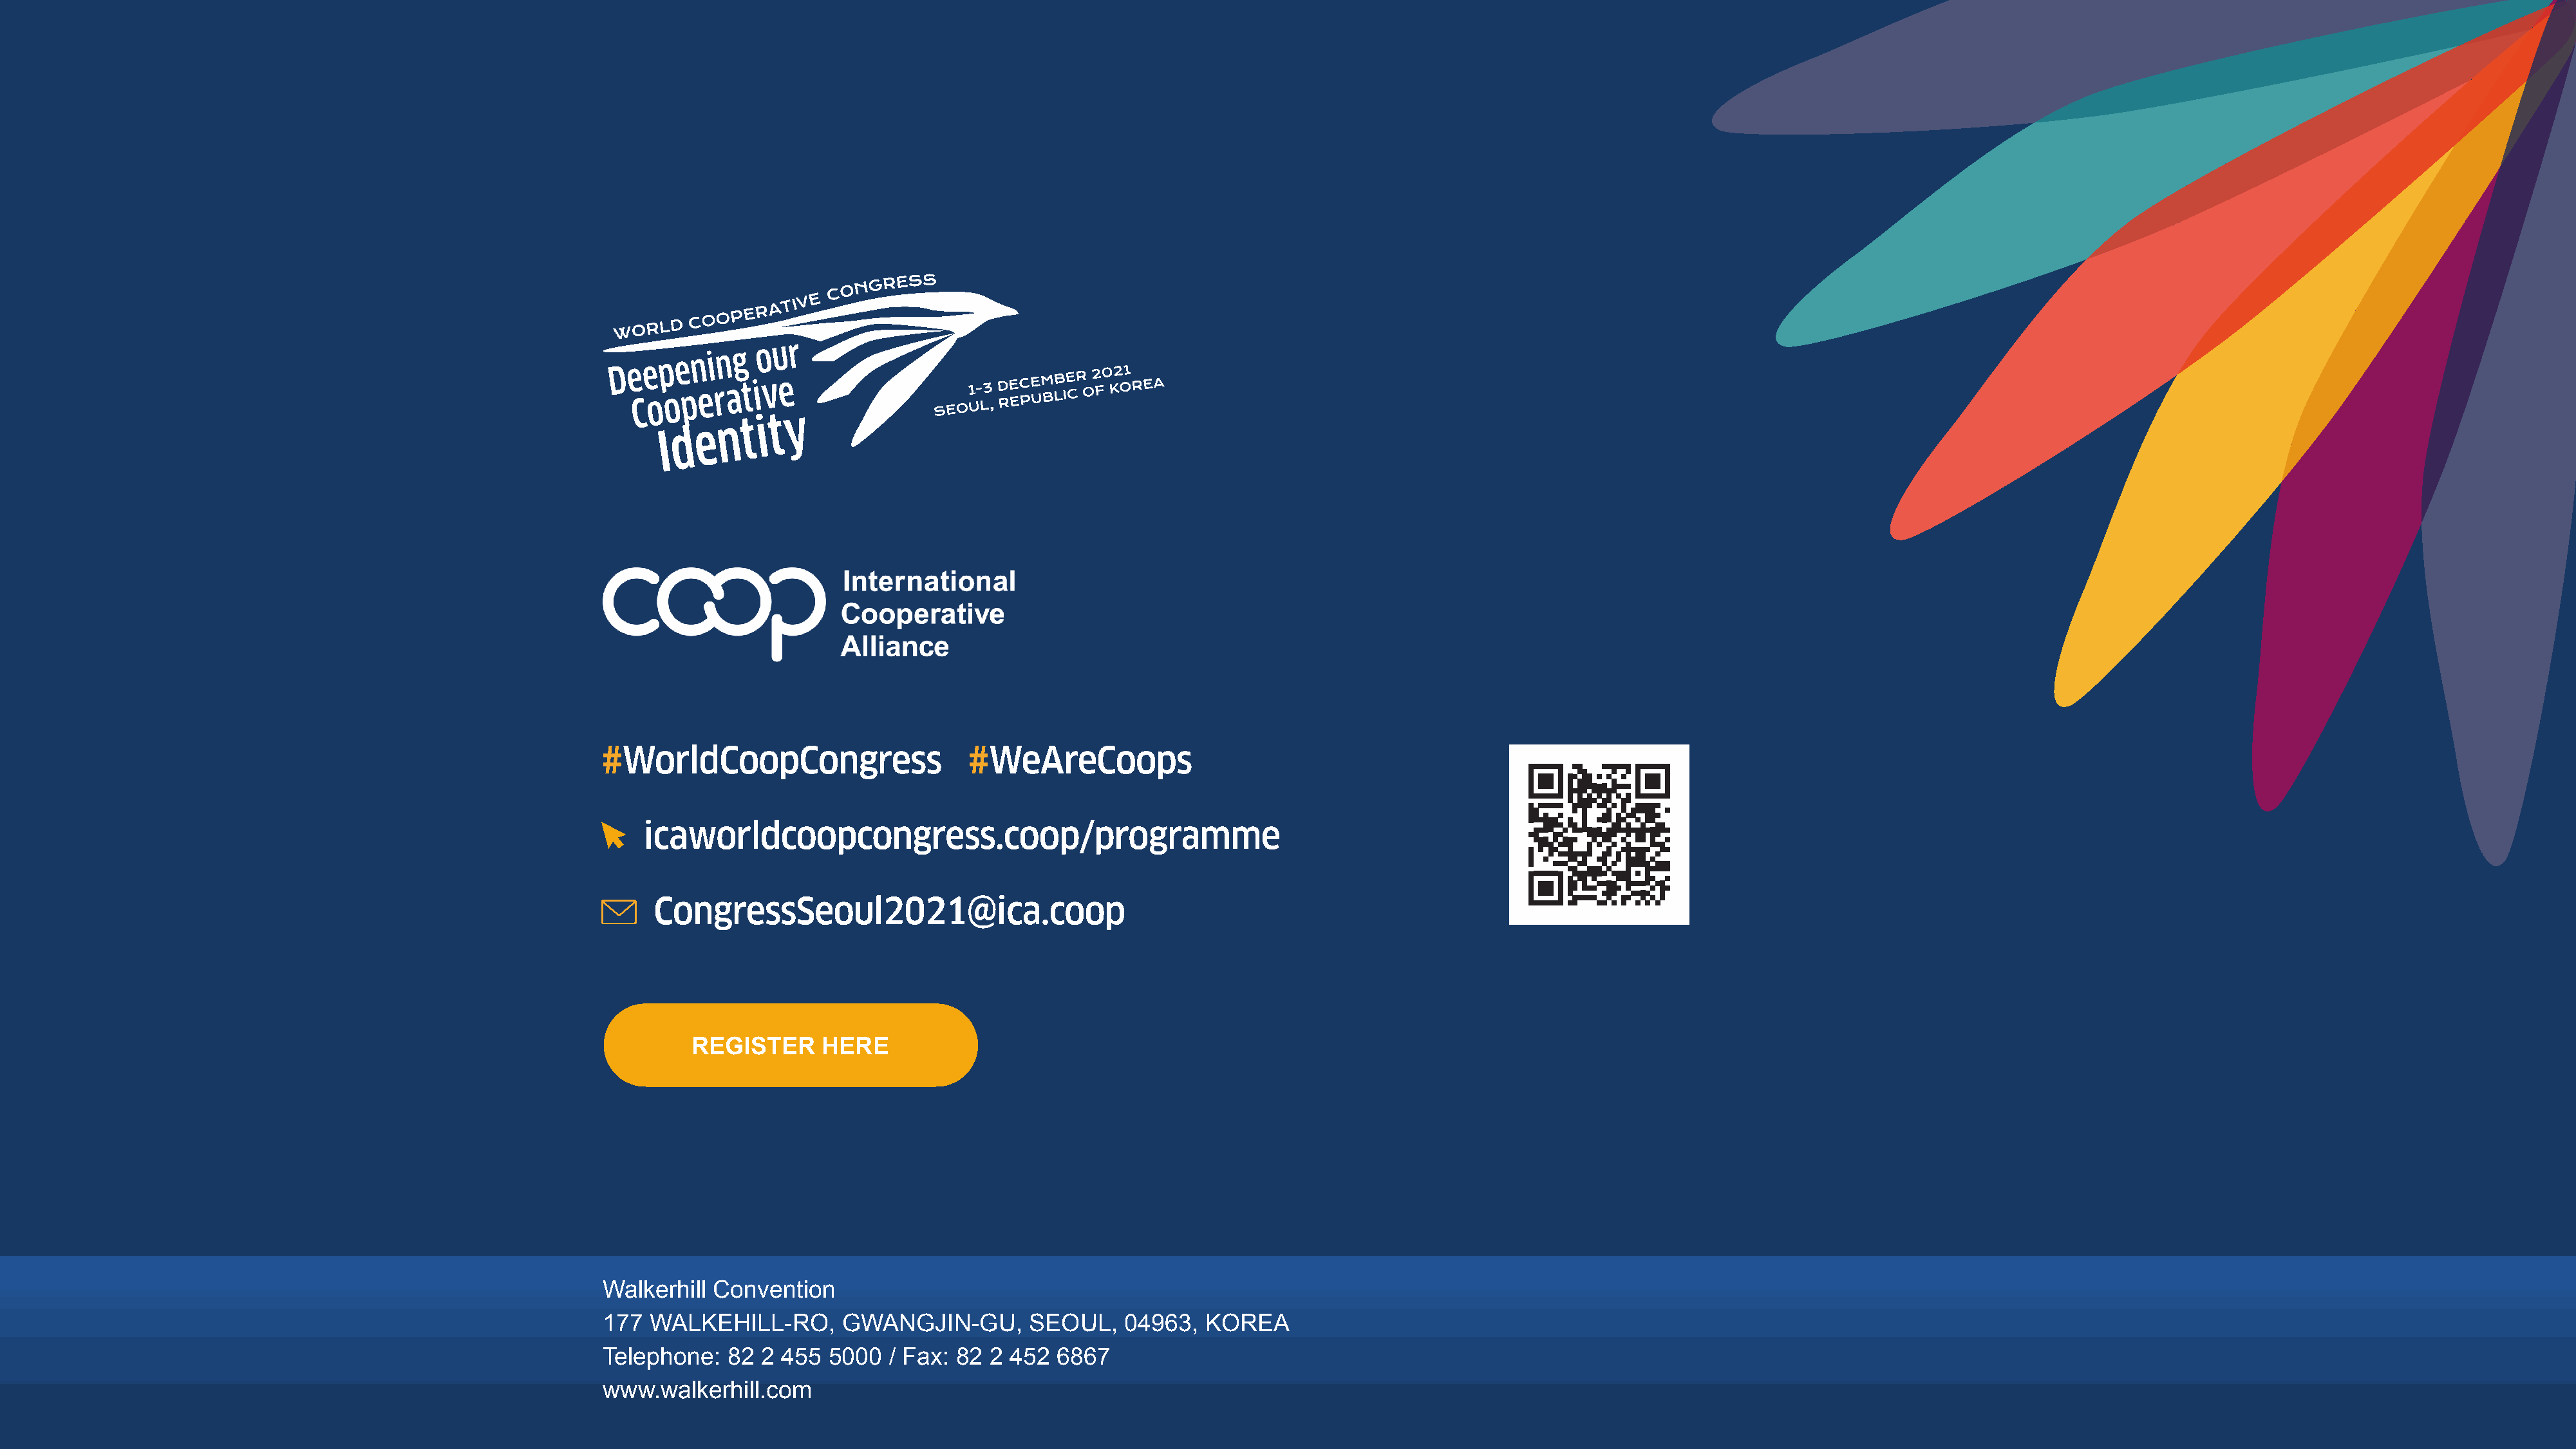
#WorldCoopCongress                    #WeAreCoops
 icaworldcoopcongress.coop/programme
 CongressSeoul2021@ica.coop
 REGISTER     HERE
 Walkerhill Convention
 177  WALKEHILL-RO,       GWANGJIN-GU,       SEOUL,    04963,  KOREA
 Telephone:   82 2 455  5000  / Fax: 82  2 452  6867
 39                                                    www.walkerhill.com